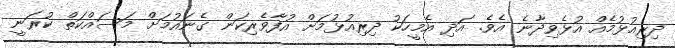
ދިރިއުޅުމެއް އުޅެވިދާނެ އެވެ. އަދި އެމީހަކު ދިރިއުޅުމަށް އުފާވެރިކަން ގެނައުމަށް މަސައްކަތް ކުރަނީ